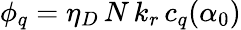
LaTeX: \phi_{q}=\eta_{D}\, N\, k_{r}\, c_{q}(\alpha_{0})